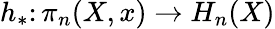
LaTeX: h_{*}\colon\pi_{n}(X,x)\to H_{n}(X)